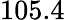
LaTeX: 105.4